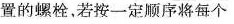
置的螺栓，若按一定顺序将每个